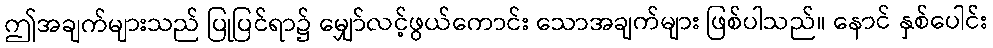
ဤအချက်များသည် ပြုပြင်ရာ၌ မျှော်လင့်ဖွယ်ကောင်း သောအချက်များ ဖြစ်ပါသည်။ နောင် နှစ်ပေါင်း